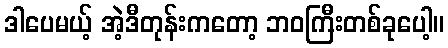
ဒါပေမယ့် အဲ့ဒီတုန်းကတော့ ဘဝကြီးတစ်ခုပေါ့။